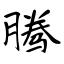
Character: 腾